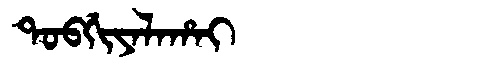
Manchu: ᡨᠣᠪᡤᡳᠶᠠᠯᠠᡥᠠᡳ
Romanization: TOBGIYALAHAI